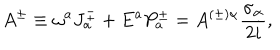
LaTeX: A ^ { \pm } \equiv \omega ^ { a } J _ { a } ^ { \pm } + E ^ { a } P _ { a } ^ { \pm } = A ^ { ( \pm ) \alpha } \frac { \sigma _ { \alpha } } { 2 i } ,